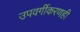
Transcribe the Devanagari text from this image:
उपवर्गीकरणही